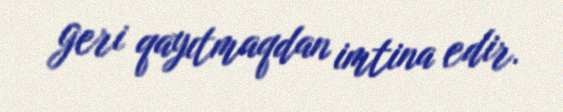
geri qayıtmaqdan imtina edir.